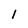
Character: 1